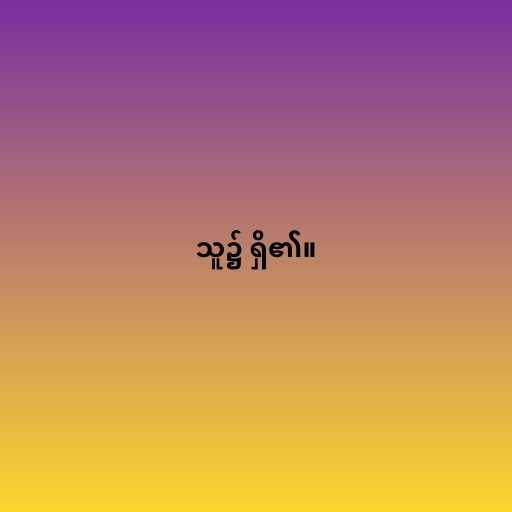
သူ၌ ရှိ၏။